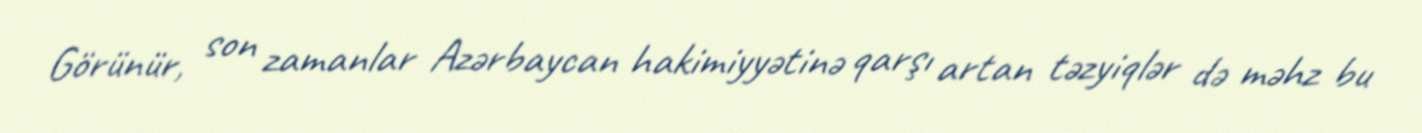
Görünür, son zamanlar Azərbaycan hakimiyyətinə qarşı artan təzyiqlər də məhz bu